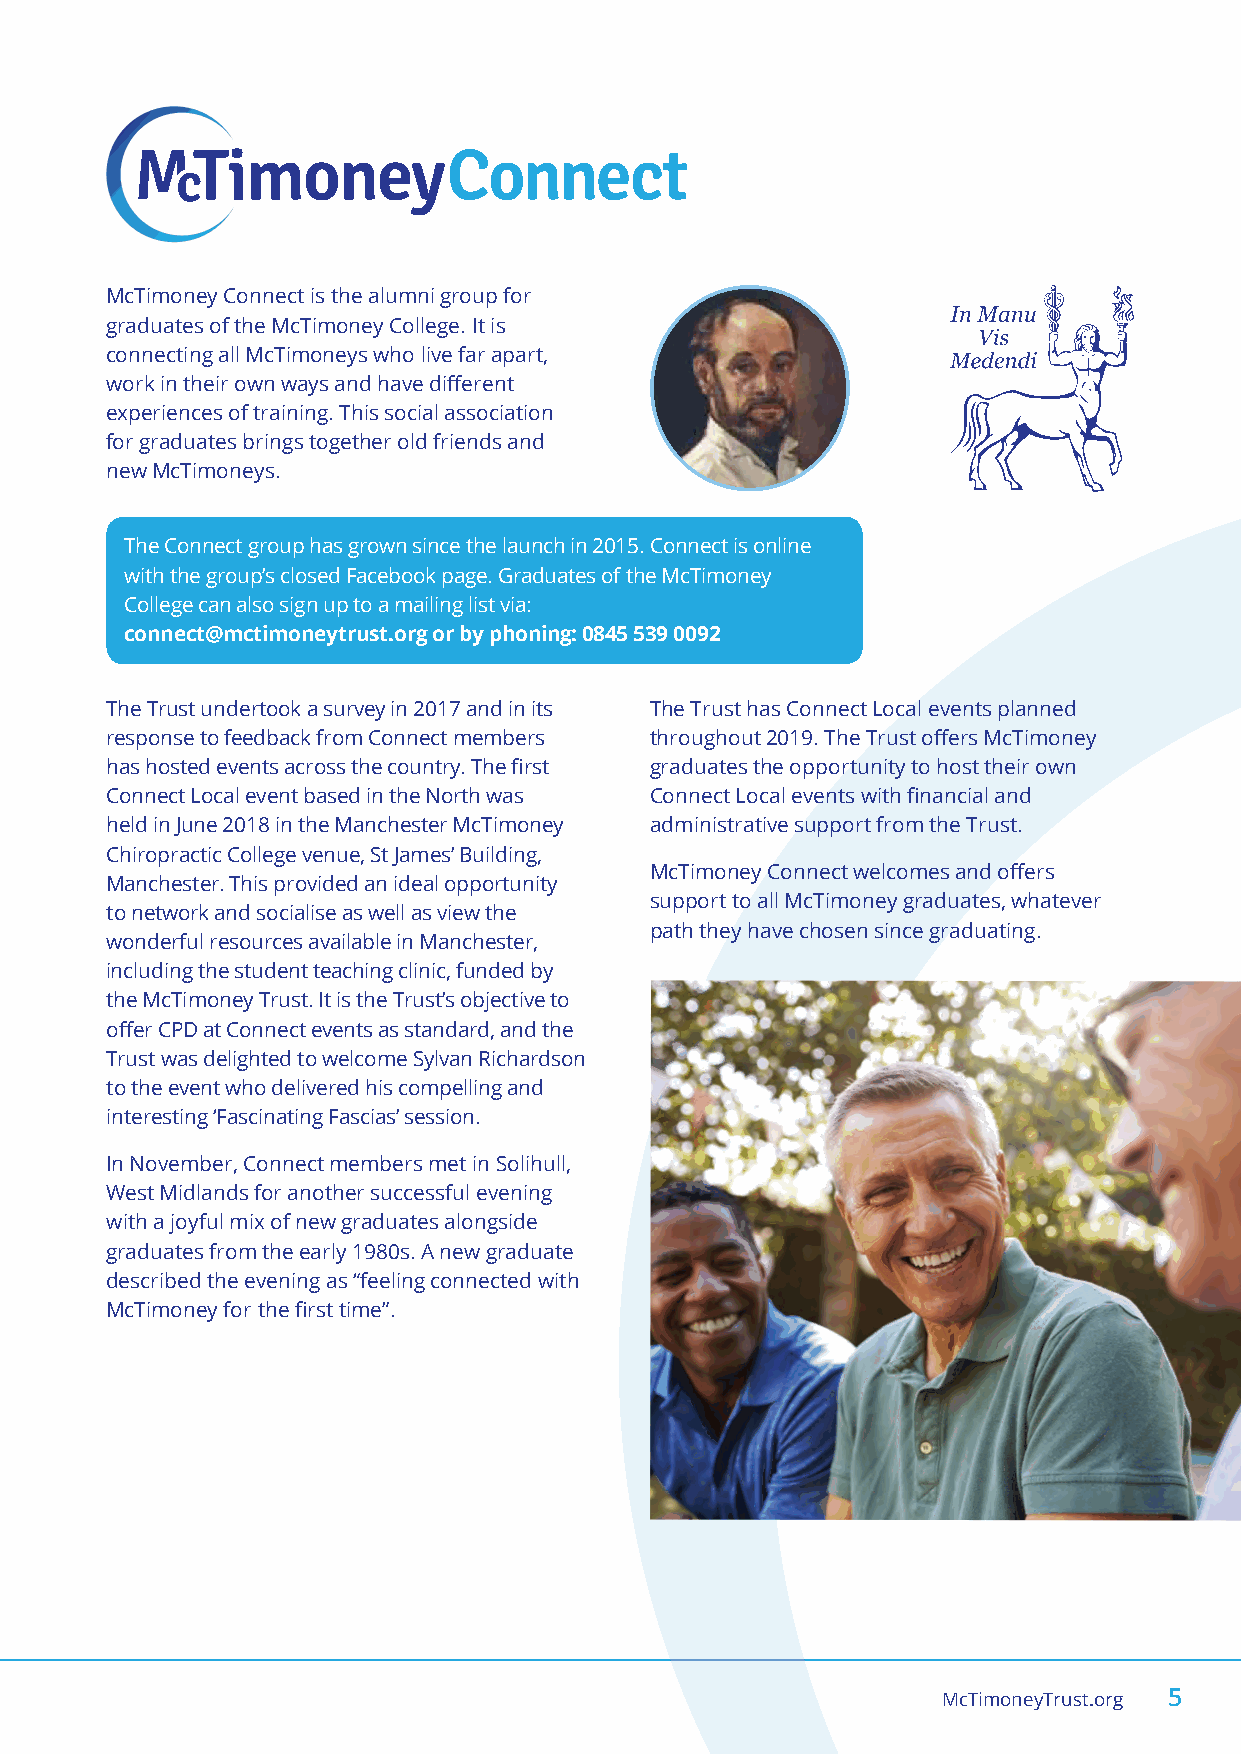
McTimoney Connect is the alumni group for
 graduates of the McTimoney College. It is
 connecting all McTimoneys who live far apart,
 work in their own ways and have different
 experiences of training. This social association
 for graduates brings together old friends and
 new McTimoneys.
 The Connect group has grown since the launch in 2015. Connect is online
 with the group’s closed Facebook page. Graduates of the McTimoney
 College can also sign up to a mailing list via:
 connect@mctimoneytrust.org or by phoning: 0845 539 0092
 The Trust undertook a survey in 2017 and in its The Trust has Connect Local events planned
 response to feedback from Connect members throughout 2019. The Trust offers McTimoney
 has hosted events across the country. The first graduates the opportunity to host their own
 Connect Local event based in the North was Connect Local events with financial and
 held in June 2018 in the Manchester McTimoney administrative support from the Trust.
 Chiropractic College venue, St James’ Building,
 McTimoney Connect welcomes and offers
 Manchester. This provided an ideal opportunity
 support to all McTimoney graduates, whatever
 to network and socialise as well as view the
 path they have chosen since graduating.
 wonderful resources available in Manchester,
 including the student teaching clinic, funded by
 the McTimoney Trust. It is the Trust’s objective to
 offer CPD at Connect events as standard, and the
 Trust was delighted to welcome Sylvan Richardson
 to the event who delivered his compelling and
 interesting ‘Fascinating Fascias’ session.
 In November, Connect members met in Solihull,
 West Midlands for another successful evening
 with a joyful mix of new graduates alongside
 graduates from the early 1980s. A new graduate
 described the evening as “feeling connected with
 McTimoney for the first time”.
 McTimoneyTrust.org 5
 McTimoney Trust Annual Review v3.indd 5                                   21/11/2018 15:10